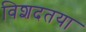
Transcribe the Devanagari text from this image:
विशदतया